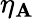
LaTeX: \eta_{\mathbf{A}}